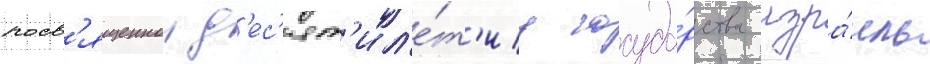
посв'ященнои д'ес'ят'ил'е́т'иу госуда́рства изра́иль